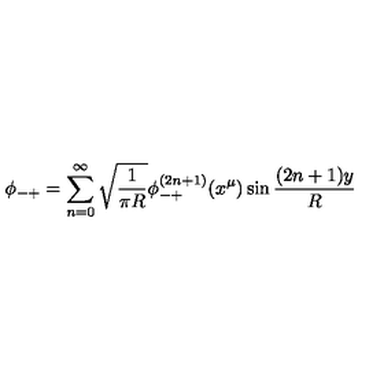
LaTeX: \phi _ { - + } = \sum _ { n = 0 } ^ { \infty } \sqrt { \frac { 1 } { \pi R } } \phi _ { - + } ^ { ( 2 n + 1 ) } ( x ^ { \mu } ) \sin \frac { ( 2 n + 1 ) y } { R }